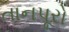
તાનપૂરો